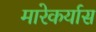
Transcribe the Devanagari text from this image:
मारेकर्यास